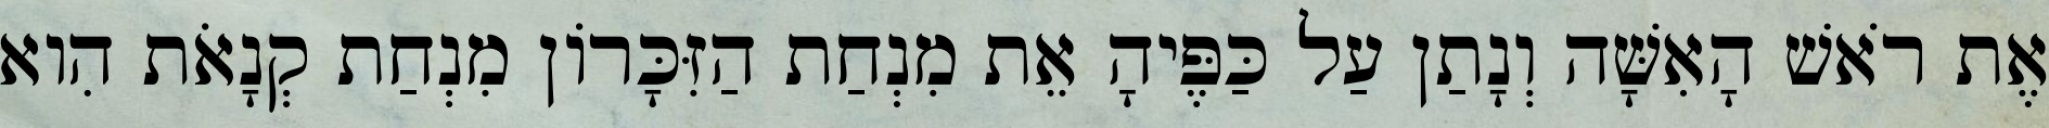
אֶת רֹאשׁ הָאִשָּׁה וְנָתַן עַל כַּפֶּיהָ אֵת מִנְחַת הַזִּכָּרוֹן מִנְחַת קְנָאֹת הִוא